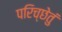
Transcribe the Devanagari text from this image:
परिच्छेतुं